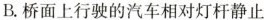
B.桥面上行驶的汽车相对灯杆静止